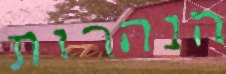
הנהרות